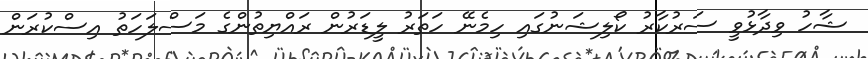
ޝާހު ވިދާޅުވީ ސަރުކާރު ކޯލިޝަނުގައި ހިމެނޭ ހަތަރު ލީޑަރުން ރައްޔިތުންގެ މަސްލަހަތު އިސްކުރަން